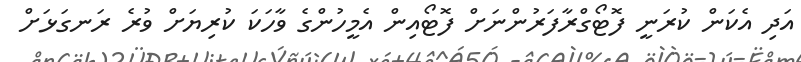
އަދި އެކަން ކުރަނީ ފޮޓޯގްރާފަރުންނަށް ފޮޓޯއިން އެމީހުންގެ ވާހަަކަ ކުރިޔަށް ވުރެ ރަނގަޅަށް